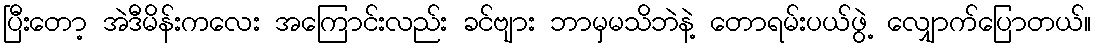
ပြီးတော့ အဲဒီမိန်းကလေး အကြောင်းလည်း ခင်ဗျား ဘာမှမသိဘဲနဲ့ တောရမ်းပယ်ဖွဲ့ လျှောက်ပြောတယ်။